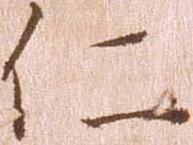
仁